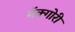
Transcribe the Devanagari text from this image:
मॅक्गोरी